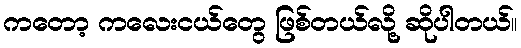
ကတော့ ကလေးငယ်တွေ ဖြစ်တယ်လို့ ဆိုပါတယ်။